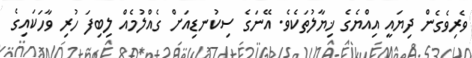
ވެރިވެގެން ދިޔައީ އިއްޔެގެ ޚިޔާލުތަކެވެ. އޭނަގެ ސިކުނޑިއަށް ގެއްލުމެއް ލިބިފަ ހުރި ވާހަކައިގެ